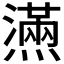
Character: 𰟮